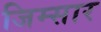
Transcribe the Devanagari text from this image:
जिम्सार